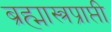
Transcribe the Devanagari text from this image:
ब्रह्मास्त्रप्राप्ती